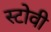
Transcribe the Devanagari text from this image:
स्टोवी